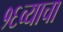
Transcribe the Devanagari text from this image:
१६व्याचा